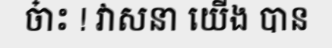
ចា៎ះ ! វាសនា យើង បាន